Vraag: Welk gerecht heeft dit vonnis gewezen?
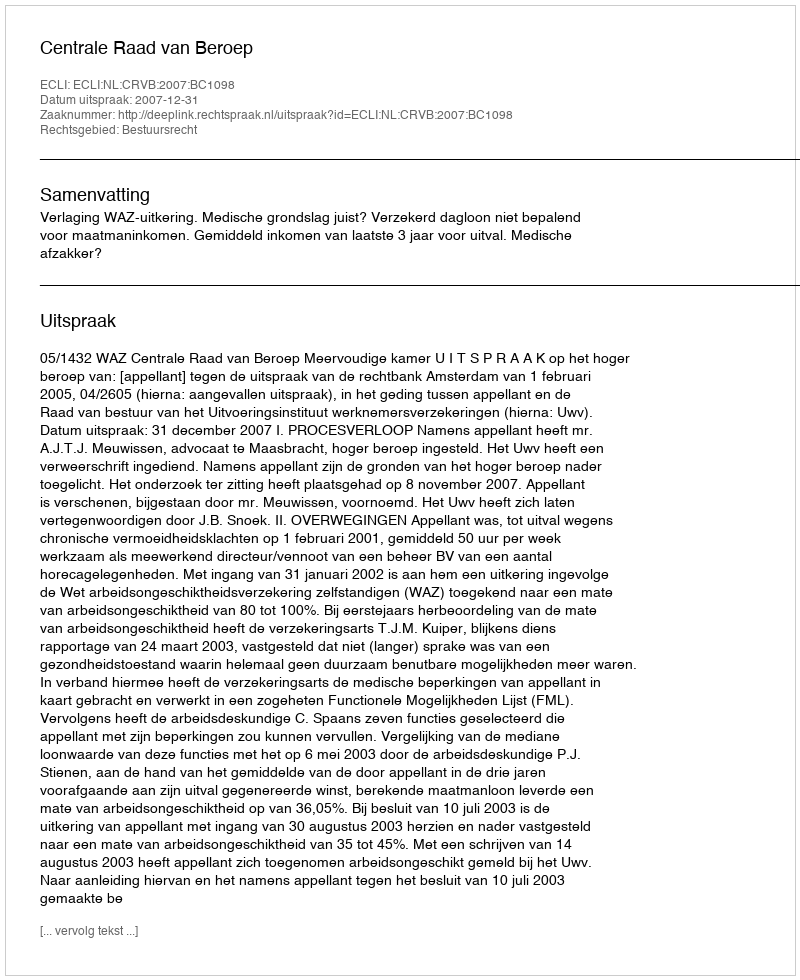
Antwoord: Centrale Raad van Beroep